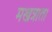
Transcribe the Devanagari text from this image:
मखत्राता